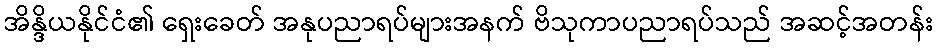
အိန္ဒိယနိုင်ငံ၏ ရှေးခေတ် အနုပညာရပ်များအနက် ဗိသုကာပညာရပ်သည် အဆင့်အတန်း